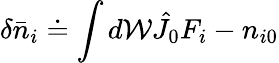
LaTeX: \delta\bar{n}_{i}\doteq\int d\mathcal{W}\hat{J}_{0}F_{i}-n_{i0}